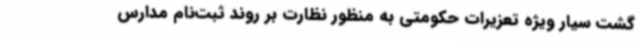
گشت سیار ویژه تعزیرات حکومتی به منظور نظارت بر روند ثبت‌نام مدارس